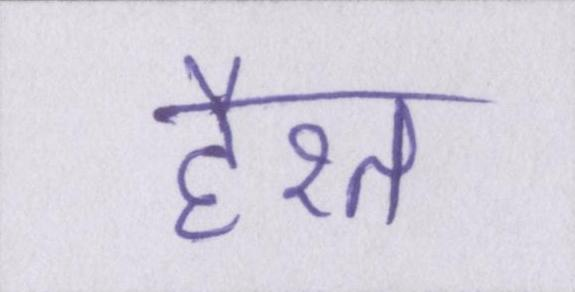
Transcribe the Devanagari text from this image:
हैरत